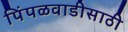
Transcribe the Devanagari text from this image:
पिंपळवाडीसाठी